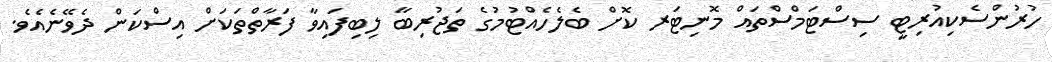
ހުރުންސެކިއުރިޓީ ސިސްޓަމްސްތައް މޮނިޓަރ ކޮށް ބެލެހެއްޓުމުގެ ތަޖުރިބާ ލިބިފައިވާ ފަރާތްތަކަށް އިސްކަން ދެވޭނެއެވެ.